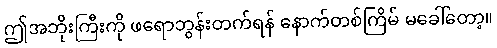
ဤအဘိုးကြီးကို ဖရောဘွန်းတက်ရန် နောက်တစ်ကြိမ် မခေါ်တော့။